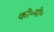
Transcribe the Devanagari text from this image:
की॰मी॰